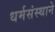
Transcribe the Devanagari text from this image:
धर्मसंस्थाने